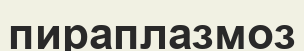
пираплазмоз